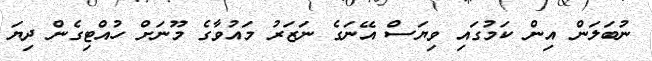
ނުބަލަން އިން ކަމުގައި ވިޔަސް އޭނަގެ ނަޒަރު މައުވާގެ މޫނަށް ހުއްޓިގެން ދިޔަ